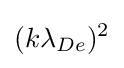
(k\lambda _{De})^{2}